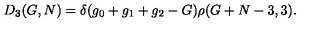
D _ { 3 } ( G , N ) = \delta ( g _ { 0 } + g _ { 1 } + g _ { 2 } - G ) \rho ( G + N - 3 , 3 ) .